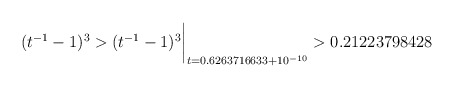
\begin{align*} (t^{-1}-1)^3 > (t^{-1}-1)^3\biggr\rvert_{t=0.6263716633 + 10^{-10}} > 0.21223798428 \quad\end{align*}